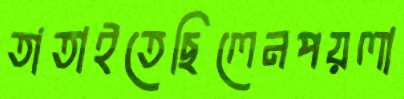
তাতাইতেছিলেনপয়লা